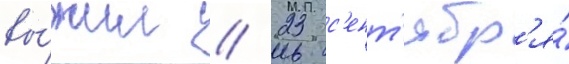
вы́жил // 23 с'ент'ябр'я́